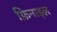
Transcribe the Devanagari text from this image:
फ़िनाइल